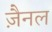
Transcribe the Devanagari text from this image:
ज़ैनल